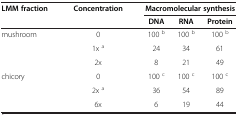
<table><thead><tr><td><b>LMM fraction</b></td><td><b>Concentration</b></td><td colspan="3"><b>Macromolecular synthesis</b></td></tr><tr><td><b> </b></td><td><b> </b></td><td><b>DNA</b></td><td><b>RNA</b></td><td><b>Protein</b></td></tr></thead><tbody><tr><td rowspan="3">mushroom</td><td>0</td><td>100 <sup>b</sup></td><td>100 <sup>b</sup></td><td>100 <sup>b</sup></td></tr><tr><td>1x <sup>a</sup></td><td>24</td><td>34</td><td>61</td></tr><tr><td>2x</td><td>8</td><td>21</td><td>49</td></tr><tr><td rowspan="2">chicory</td><td>0</td><td>100 <sup>c</sup></td><td>100 <sup>c</sup></td><td>100 <sup>c</sup></td></tr><tr><td>2x <sup>a</sup></td><td>36</td><td>54</td><td>89</td></tr><tr><td> </td><td>6x</td><td>6</td><td>19</td><td>44</td></tr></tbody></table>